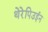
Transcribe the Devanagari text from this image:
थेरेपिउईन